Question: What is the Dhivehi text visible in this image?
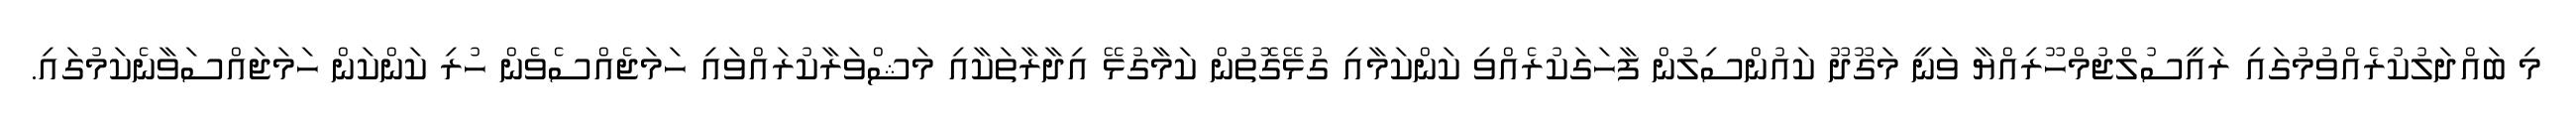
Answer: މި ބައްދަލުކުރެއްވުމުގައި ރައީސުލްޖުމްހޫރިއްޔާ ވަނީ މަގޫދޫ ކައުންސިލުން ފާހަގަކުރެއްވި ކަންކަމާއި ގުޅޭގޮތުން ކަމާގުޅޭ އިދާރާތަކާއި މަޝްވަރާކުރައްވައި ހަމަޖެއްސެވެން ހުރި ކަންކަން ހަމަޖައްސަވާނެކަމުގައި.